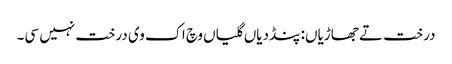
درخت تے جھاڑیاں: پنڈ دیاں گلیاں وچ اک وی درخت نہیں سی۔